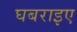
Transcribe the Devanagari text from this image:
घबराइए